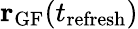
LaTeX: {\mathbf r}_{\textrm{GF}}(t_{\textrm{refresh}})